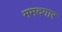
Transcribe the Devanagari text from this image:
ममदगार